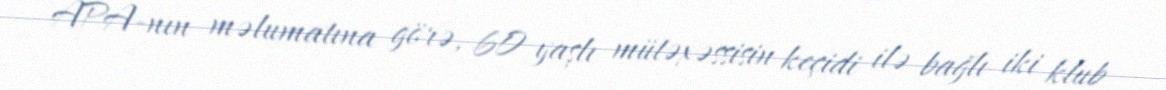
APA-nın məlumatına görə, 60 yaşlı mütəxəssisin keçidi ilə bağlı iki klub